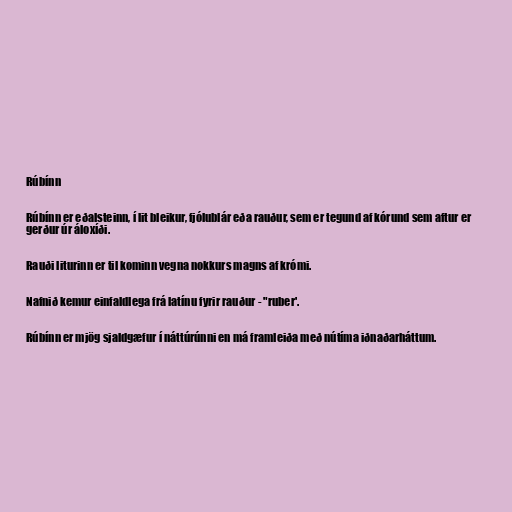
Rúbínn

Rúbínn er eðalsteinn, í lit bleikur, fjólublár eða rauður, sem er tegund af kórund sem aftur er
gerður úr áloxíði.

Rauði liturinn er til kominn vegna nokkurs magns af krómi.

Nafnið kemur einfaldlega frá latínu fyrir rauður - "ruber'.

Rúbínn er mjög sjaldgæfur í náttúrúnni en má framleiða með nútíma iðnaðarháttum.